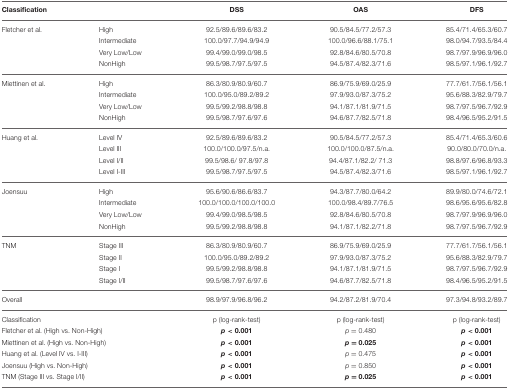
<table><thead><tr><td><b>Classification</b></td><td></td><td><b>DSS</b></td><td><b>OAS</b></td><td><b>DFS</b></td></tr></thead><tbody><tr><td>Fletcher et al.</td><td>High</td><td>92.5/89.6/89.6/83.2</td><td>90.5/84.5/77.2/57.3</td><td>85.4/71.4/65.3/60.7</td></tr><tr><td></td><td>Intermediate</td><td>100.0/97.7/94.9/94.9</td><td>100.0/96.6/88.1/75.1</td><td>98.0/94.7/93.5/84.4</td></tr><tr><td></td><td>Very Low/Low</td><td>99.4/99.0/99.0/98.5</td><td>92.8/84.6/80.5/70.8</td><td>98.7/97.9/96.9/96.0</td></tr><tr><td></td><td>NonHigh</td><td>99.5/98.7/97.5/97.5</td><td>94.5/87.4/82.3/71.6</td><td>98.5/97.1/96.1/92.7</td></tr><tr><td>Miettinen et al.</td><td>High</td><td>86.3/80.9/80.9/60.7</td><td>86.9/75.9/69.0/25.9</td><td>77.7/61.7/56.1/56.1</td></tr><tr><td></td><td>Intermediate</td><td>100.0/95.0/89.2/89.2</td><td>97.9/93.0/87.3/75.2</td><td>95.6/88.3/82.9/79.7</td></tr><tr><td></td><td>Very Low/Low</td><td>99.5/99.2/98.8/98.8</td><td>94.1/87.1/81.9/71.5</td><td>98.7/97.5/96.7/92.9</td></tr><tr><td></td><td>NonHigh</td><td>99.5/98.7/97.6/97.6</td><td>94.6/87.7/82.5/71.8</td><td>98.4/96.5/95.2/91.5</td></tr><tr><td>Huang et al.</td><td>Level IV</td><td>92.5/89.6/89.6/83.2</td><td>90.5/84.5/77.2/57.3</td><td>85.4/71.4/65.3/60.6</td></tr><tr><td></td><td>Level III</td><td>100.0/100.0/97.5/n.a.</td><td>100.0/100.0/87.5/n.a.</td><td>90.0/80.0/70.0/n.a.</td></tr><tr><td></td><td>Level I/II</td><td>99.5/98.6/ 97.8/97.8</td><td>94.4/87.1/82.2/ 71.3</td><td>98.8/97.6/96.8/93.3</td></tr><tr><td></td><td>Level I-III</td><td>99.5/98.7/97.5/97.5</td><td>94.5/87.4/82.3/71.6</td><td>98.5/97.1/96.1/92.7</td></tr><tr><td>Joensuu</td><td>High</td><td>95.6/90.6/86.6/83.7</td><td>94.3/87.7/80.0/64.2</td><td>89.9/80.0/74.6/72.1</td></tr><tr><td></td><td>Intermediate</td><td>100.0/100.0/100.0/100.0</td><td>100.0/98.4/89.7/76.5</td><td>98.6/95.6/95.6/82.8</td></tr><tr><td></td><td>Very Low/Low</td><td>99.4/99.0/98.5/98.5</td><td>92.8/84.6/80.5/70.8</td><td>98.7/97.9/96.9/96.0</td></tr><tr><td></td><td>NonHigh</td><td>99.5/99.2/98.8/98.8</td><td>94.1/87.1/82.2/71.8</td><td>98.7/97.5/96.7/92.9</td></tr><tr><td>TNM</td><td>Stage III</td><td>86.3/80.9/80.9/60.7</td><td>86.9/75.9/69.0/25.9</td><td>77.7/61.7/56.1/56.1</td></tr><tr><td></td><td>Stage II</td><td>100.0/95.0/89.2/89.2</td><td>97.9/93.0/87.3/75.2</td><td>95.6/88.3/82.9/79.7</td></tr><tr><td></td><td>Stage I</td><td>99.5/99.2/98.8/98.8</td><td>94.1/87.1/81.9/71.5</td><td>98.7/97.5/96.7/92.9</td></tr><tr><td></td><td>Stage I/II</td><td>99.5/98.7/97.6/97.6</td><td>94.6/87.7/82.5/71.8</td><td>98.4/96.5/95.2/91.5</td></tr><tr><td>Overall</td><td></td><td>98.9/97.9/96.8/96.2</td><td>94.2/87.2/81.9/70.4</td><td>97.3/94.8/93.2/89.7</td></tr><tr><td>Classification</td><td></td><td>p (log-rank-test)</td><td>p (log-rank-test)</td><td>p (log-rank-test)</td></tr><tr><td colspan="2">Fletcher et al. (High vs. Non-High)</td><td><b><i>p</i> &lt; 0.001</b></td><td><i>p</i> = 0.480</td><td><b><i>p</i> &lt; 0.001</b></td></tr><tr><td colspan="2">Miettinen et al. (High vs. Non-High)</td><td><b><i>p</i> &lt; 0.001</b></td><td><b><i>p</i> = 0.025</b></td><td><b><i>p</i> &lt; 0.001</b></td></tr><tr><td colspan="2">Huang et al. (Level IV vs. I-III)</td><td><b><i>p</i> &lt; 0.001</b></td><td><i>p</i> = 0.475</td><td><b><i>p</i> &lt; 0.001</b></td></tr><tr><td colspan="2">Joensuu (High vs. Non-High)</td><td><b><i>p</i> &lt; 0.001</b></td><td><i>p</i> = 0.850</td><td><b><i>p</i> &lt; 0.001</b></td></tr><tr><td colspan="2">TNM (Stage III vs. Stage I/II)</td><td><b><i>p</i> &lt; 0.001</b></td><td><b><i>p</i> = 0.025</b></td><td><b><i>p</i> &lt; 0.001</b></td></tr></tbody></table>